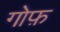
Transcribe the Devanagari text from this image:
गोफ़